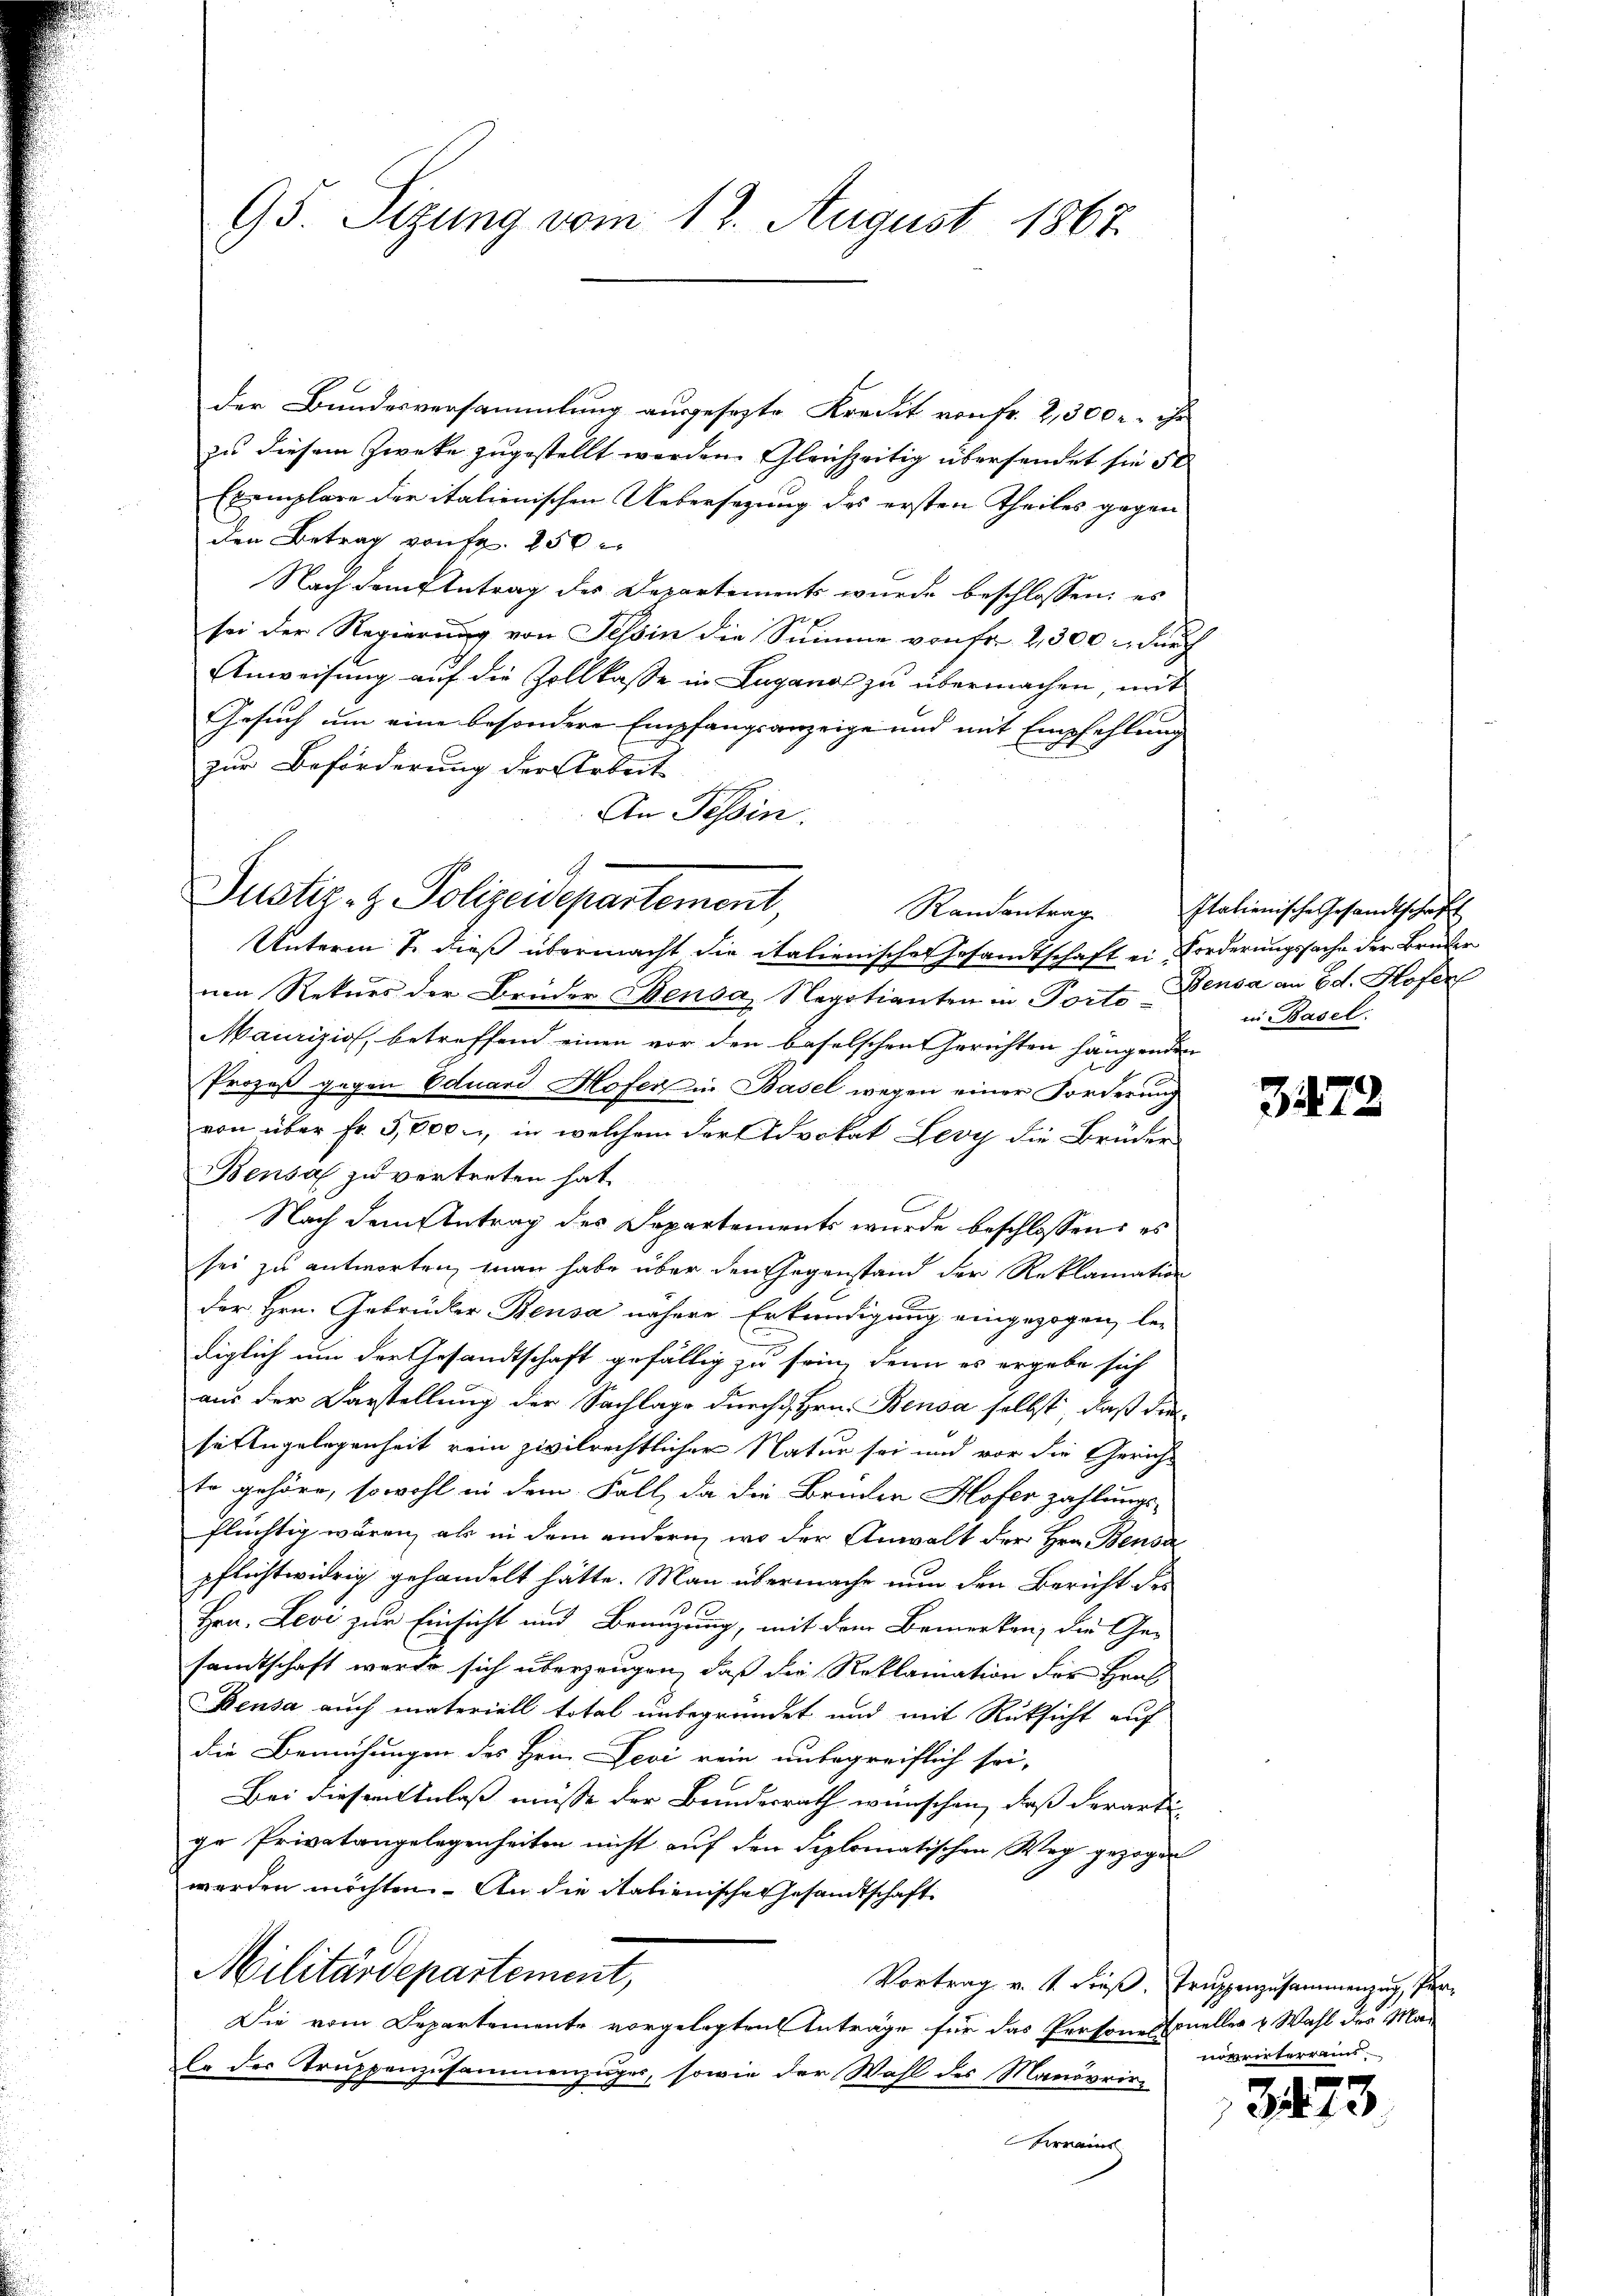
95. Sizung vom 12. August 1867.

der Bundesversammlung ausgesezte Kredit von Fr. 2, 300 r. ihr
zu diesem Zwecke zugestellt worden. Gleichzeitig übersendet sie de
Exemplare der italienischen Uebersezung des ersten Theiles gegen
den Betrag von Fr. 250
Nach dem Antrag des Departements wurde beschlossen: es
sei der Regierung von Tessin die Summe von Fr. 2300 durch
Anweisung auf die Zollkasse in Luganos zu übermachen, mit
Gesuch um eine besondere Empfangsanzeige und mit Empfehlung
zur Beförderung der Arbeit
An Tessin.

Justiz- & Polizeidepartement,
Randantrag

Unterm 1. dieß übermacht die italienischer Gesamtschaft ein Forderungssache der Bruder
nen Rekurs der Brüder Sensa, Negotianten in Porte Bensa an Ed. Hofer
Maurizio, betreffend einen vor den baselschen Gerichten hängenden
Prozeß gegen Eduard Hofer in Basel wegen einer Forderung
von über Fr. 5,000, in welchem der Advokat Levy die Brüder
Bensa zu vertreten hat.
Nach dem Antrag des Departements wurde beschlossen: es
sei zu antworten, man habe über den Gegenstand der Reklamation
der Hrn. Gebrüder Beusa nähere Erkundigung eingezogen, lediglich um der Gesandtschaft gefällig zu sein, denn es ergebe sich
aus der Darstellung der Sachlage durch Hrn. Benda selbst, daß die
sitengelegenheit rein zivilrechtlicher Natur sei und vor die Gericht
to gehöre, sowohl in dem Fall, da die Brüder Hofer zahlungsflüchtig wären, als in dem andern, wo der Anwalt der Hrn. Bensa
pflichtwidrig gehandelt hätte. Man übermache nun den Bericht des
Hrn. Levi zur Einsicht und Branzung, mit dem Bemerken, die Ge-
samtschaft werde sich überzeugen, daß die Reklamation der Hers
Bensa auch materiell total unbegründet und mit Rüksicht auf
die Bemühungen des Hein Levi rein unbegreiflich sei,
Bei diesem Anlass müsse der Brindesrath wünschen, daß derarti
ge Privatangelegenheiten nicht auf den Seplomatischen Weg gezogen
werden möchten. An die Italienische Gesandtschaft
Militärdepartement,
Vortrag v. 1. dieß, Truppenzusammenzug, Per¬
Die vom Departemente vorgelegten Anträge für das Persones Erneller u. Wahl des Man
le der Truppenzusammenzuges, sowie der Wahl des Manövrir-
d
Ferraint

Italienische Gesandtschaft
in Basel.

3472

norirterreins

3473